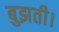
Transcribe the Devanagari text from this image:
बुझती।